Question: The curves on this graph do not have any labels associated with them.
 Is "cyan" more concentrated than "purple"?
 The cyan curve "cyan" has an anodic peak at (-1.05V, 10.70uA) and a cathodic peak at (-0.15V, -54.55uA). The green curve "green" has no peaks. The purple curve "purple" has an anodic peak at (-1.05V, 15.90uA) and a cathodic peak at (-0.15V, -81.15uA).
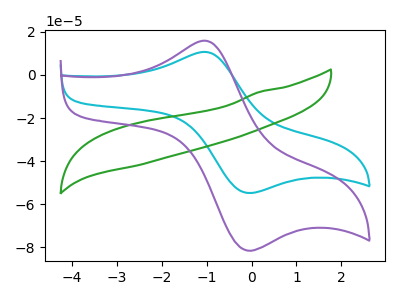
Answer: <think>All the peaks in "cyan" have a peak in "purple" at the same potential. Every peak in "cyan" is lower than every peak in "purple".
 </think>
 <answer>"cyan" has less signal than "purple" and so likely has a lower concentration.</answer>
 <eval>less_concentration</eval>